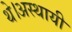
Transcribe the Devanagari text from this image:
थे।अस्थायी